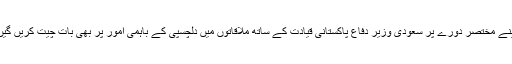
اپنے مختصر دورے پر سعودی وزیر دفاع پاکستانی قیادت کے ساتھ ملاقاتوں میں دلچسپی کے باہمی امور پر بھی بات چیت کریں گیں۔